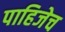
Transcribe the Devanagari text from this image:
पाहिजेच